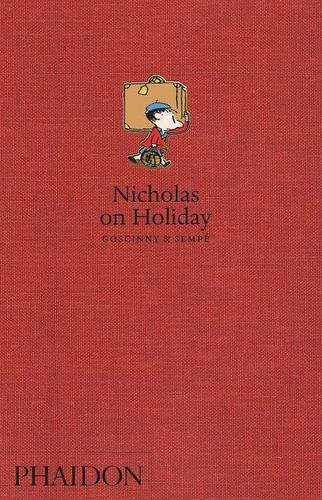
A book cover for Nicholas on Vacation; RenÃ© Goscinny; Teen & Young Adult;